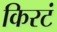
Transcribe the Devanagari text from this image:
किरटं